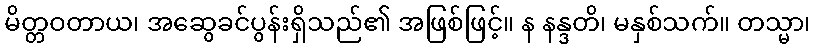
မိတ္တဝတာယ၊ အဆွေခင်ပွန်းရှိသည်၏ အဖြစ်ဖြင့်။ န နန္ဒတိ၊ မနှစ်သက်။ တသ္မာ၊